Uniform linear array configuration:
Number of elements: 24
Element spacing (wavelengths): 1
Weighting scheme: kaiser
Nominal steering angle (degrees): -30
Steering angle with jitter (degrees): -29.553
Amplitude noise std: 0.05
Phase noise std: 0.05

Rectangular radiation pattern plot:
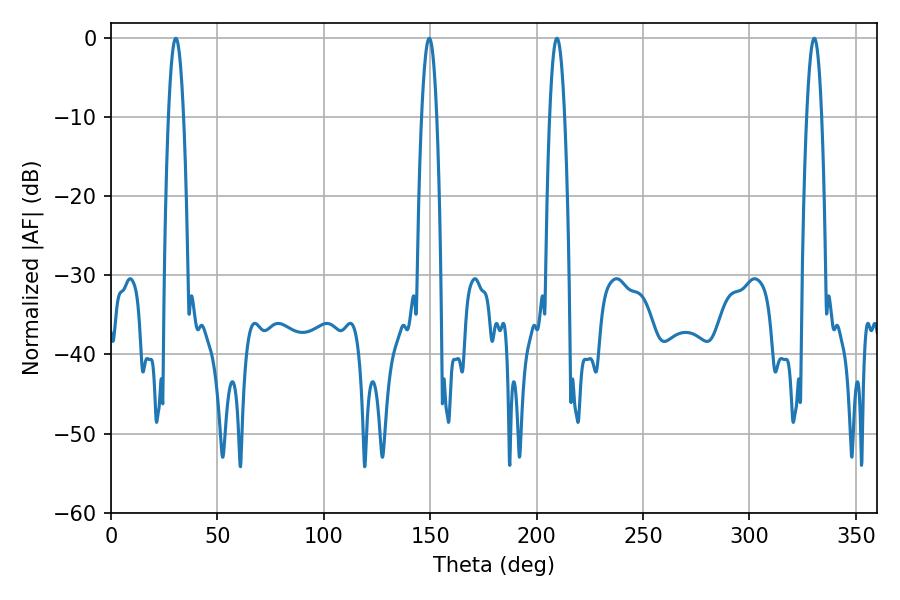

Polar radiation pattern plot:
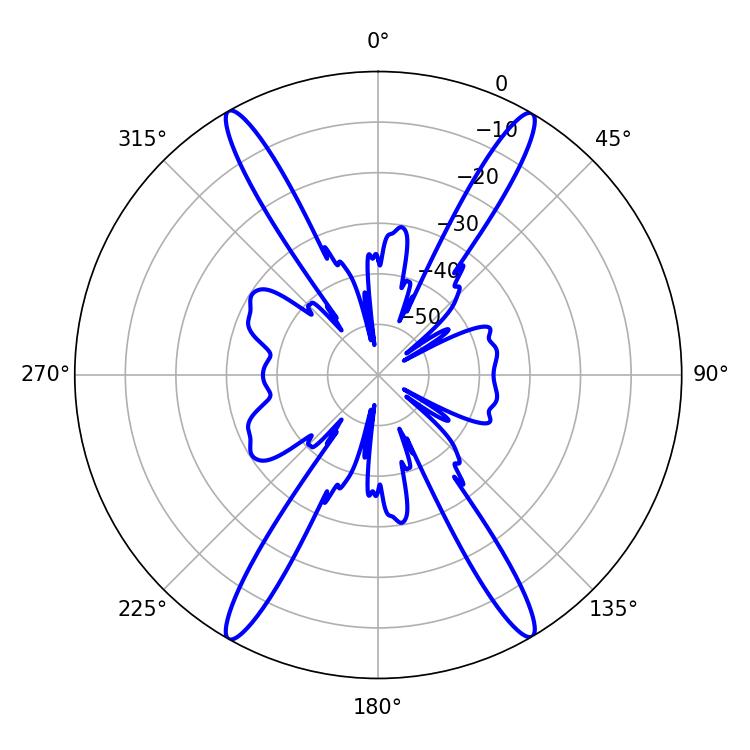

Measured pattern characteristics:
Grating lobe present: TRUE
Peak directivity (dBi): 29.216
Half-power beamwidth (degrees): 3.78
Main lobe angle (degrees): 209.52